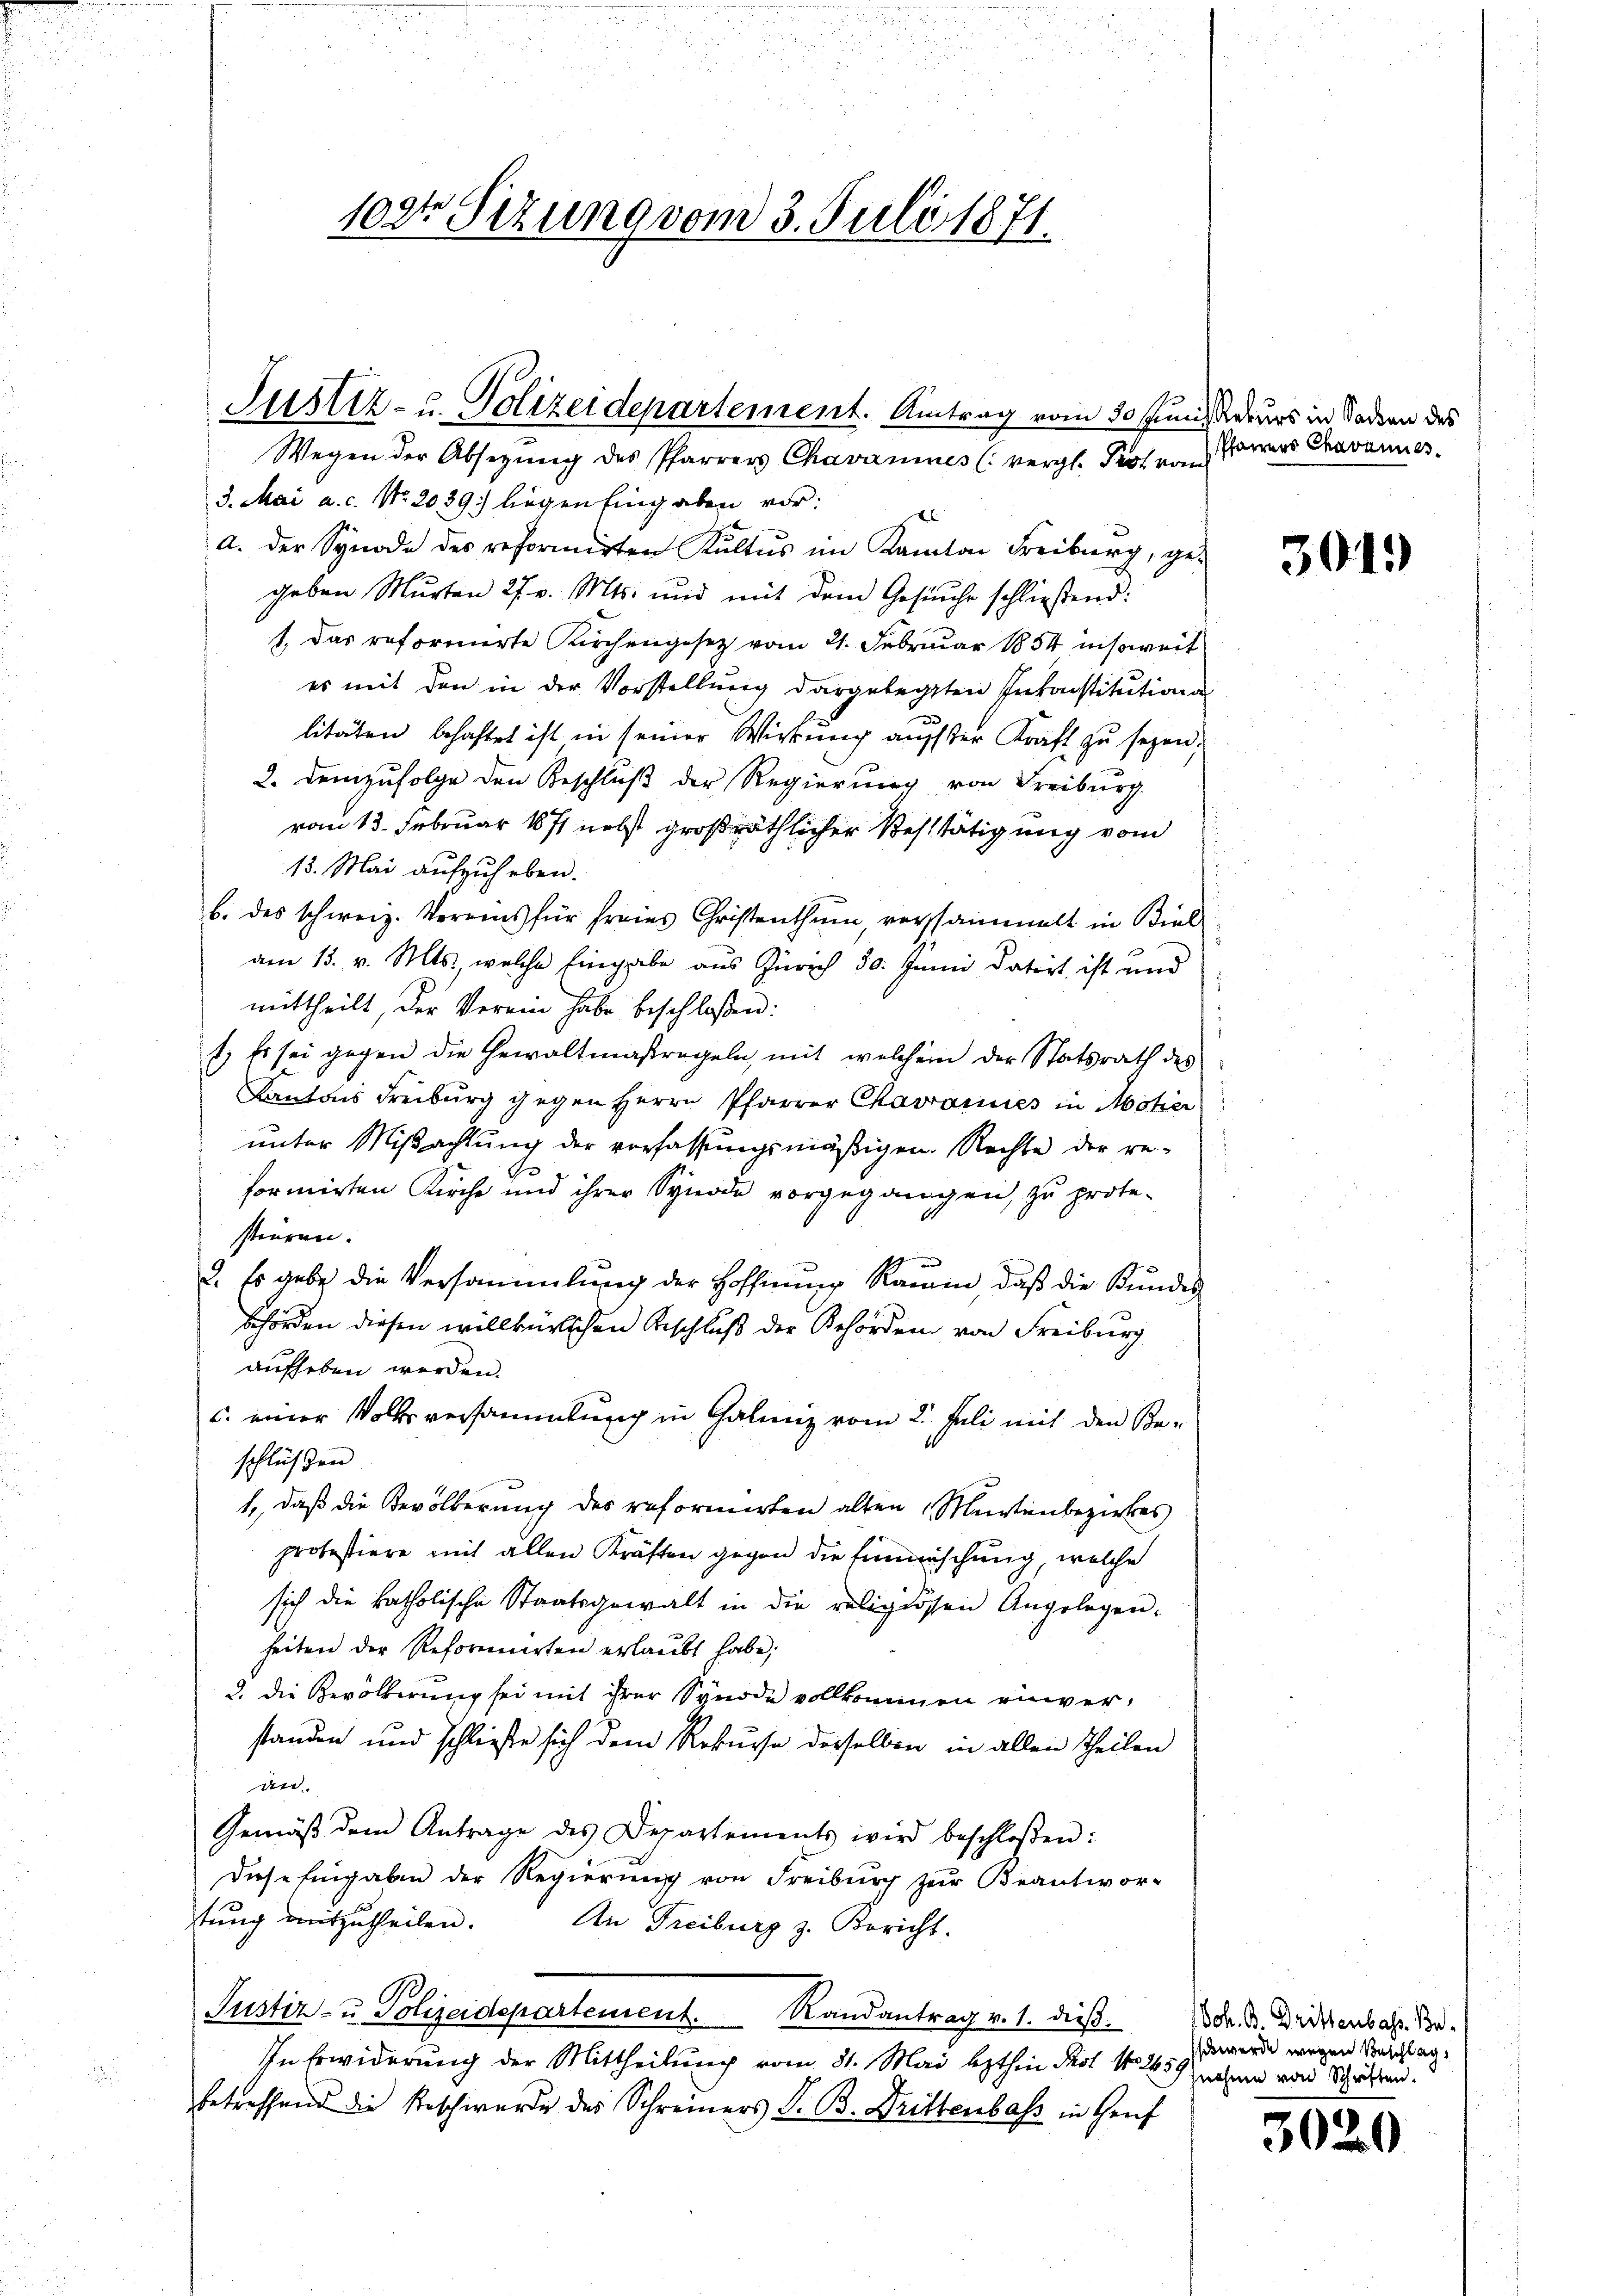
102t Sezung vom 3. Juli 1871.

Justiz- u. Polizeidepartement. Antrag vom 30 Juni, Rekurs in Saden des

Wegen der Absetzŭng des Pfarrers Chavamines (vergl. Prot vom
3. Mai a. c. No. 2039) liegen Eingaben vor:
e
a. der Synode des reformirten Kultus im Kanton Freiburg, ge-
geben Murten 27. v. Mts. und mit dem Gesuche schliesend:
1. Das reformirte Kirchengesetz vom 21. Februar 1854 insoweit
es mit den in der Vorstellung dargelegten Inkonstitutiona
litäten behaftet ist in seiner Wirkung auf der Kraft zu seyen,
2. Demzufolge den Beschluß der Regierung von Freiburg.
vom 13. Februar 1871 nebst großräthlicher Bestätigung vom
15. Mai aufzuheben.
b. des schweiz. Vereins für freies Christenthum, versammelt in Biel
am 13. v. Mts., welche Eingabe aus Zürich 30. Junii datirt ist und
mittheilt, der Verein habe beschloßen:
1) Es sei gegen die Gewaltmaßregeln, mit welchem der Statsrath des
Kantons Freiburg gegen Herrn Pfarrer Chavannes in Motier
unter Mißachtung der verfassungsmäßigen. Rechte der re-
formirten Kirche und ihrer Synode vorgegangen, zu prote-
stieren.
2. Es gebe die Versammlung der Hoffnŭng Raum, daβ die Kundes
Behörden diesen willkürlichen Beschluß der Behörden von Freiburg
aufheben werden.
c. einer Volksversammlung in Calanz vom 2. Juli mit den Be-
schlüssen
1., daß die Bevölkerung des reformirten alten Murtenbezirkes
protestiere mit allen Kräften gegen die Einmischung, welche
sich die katholische Staatsgewalt in die religiösen Angelegen-
heiten der Reformirten erlaubt habe;
2. die Bevölkerung sei mit ihrer Synode vollkommen einverstanden und schließe sich dem Rekurse derselben in allen Theilen
an.
Gemäβ dem Antrage des Departements wird beschlossen:
Diese Eingaben der Regierung von Freiburg zur Beantwor-
tung mitzutheilen.
An Freiburg z. Bericht.
Justiz- u. Polizeidepartement. Randantrag v. 1. dieß.
In Erwiderung der Mittheilung vom 31. Mai lezthin Pot No 2659 nehmen von Schriften.
betreffend die Beschwerde des Schreiners S. B. Drittenbass in Genf

Pfarrers Chavannes.

d

301.)

Joh. G. Drittenbahr. Be-
sschwerde wegen Beschlag,

3020